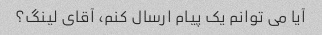
آیا می توانم یک پیام ارسال کنم، آقای لینگ؟